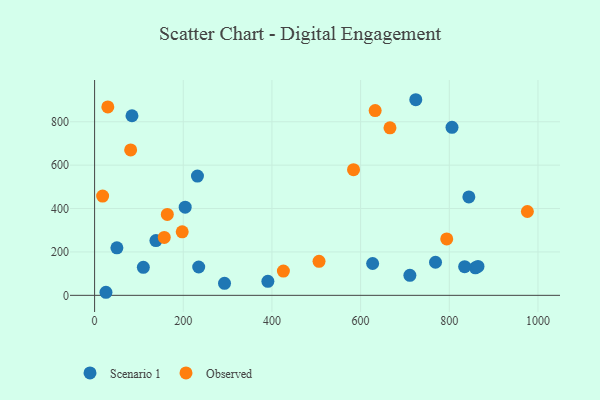
{"axis": {"x": "Experience", "y": "Fuel Efficiency"}, "legend": ["Observed", "Scenario 1"], "data": [{"x": "50.3", "y": 219.2, "type": "Scenario 1"}, {"x": "204.3", "y": 406.3, "type": "Scenario 1"}, {"x": "724.4", "y": 901.6, "type": "Scenario 1"}, {"x": "234.8", "y": 130.6, "type": "Scenario 1"}, {"x": "858.8", "y": 127.0, "type": "Scenario 1"}, {"x": "109.9", "y": 129.3, "type": "Scenario 1"}, {"x": "806.1", "y": 774.6, "type": "Scenario 1"}, {"x": "627.1", "y": 146.8, "type": "Scenario 1"}, {"x": "232.0", "y": 549.9, "type": "Scenario 1"}, {"x": "864.7", "y": 133.2, "type": "Scenario 1"}, {"x": "768.9", "y": 152.5, "type": "Scenario 1"}, {"x": "138.3", "y": 252.2, "type": "Scenario 1"}, {"x": "390.8", "y": 64.7, "type": "Scenario 1"}, {"x": "84.3", "y": 827.7, "type": "Scenario 1"}, {"x": "25.6", "y": 14.1, "type": "Scenario 1"}, {"x": "293.0", "y": 55.2, "type": "Scenario 1"}, {"x": "844.1", "y": 453.4, "type": "Scenario 1"}, {"x": "711.1", "y": 92.1, "type": "Scenario 1"}, {"x": "834.6", "y": 132.3, "type": "Scenario 1"}, {"x": "197.6", "y": 292.5, "type": "Observed"}, {"x": "632.8", "y": 851.8, "type": "Observed"}, {"x": "666.2", "y": 772.2, "type": "Observed"}, {"x": "157.1", "y": 266.7, "type": "Observed"}, {"x": "506.2", "y": 156.8, "type": "Observed"}, {"x": "976.1", "y": 386.4, "type": "Observed"}, {"x": "584.0", "y": 579.4, "type": "Observed"}, {"x": "164.0", "y": 372.7, "type": "Observed"}, {"x": "794.2", "y": 260.2, "type": "Observed"}, {"x": "18.1", "y": 457.7, "type": "Observed"}, {"x": "29.8", "y": 868.3, "type": "Observed"}, {"x": "81.3", "y": 670.0, "type": "Observed"}, {"x": "425.8", "y": 111.7, "type": "Observed"}]}